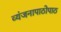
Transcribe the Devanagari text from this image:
व्यंजनापाठोपाठ